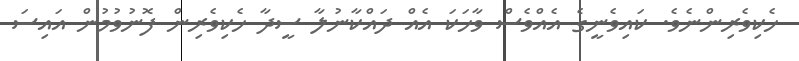
ހެކިވެރިންނެވެ. ކައިވެނީގެ އެއްވެސް ވާހަކަ އެއް ދައްކާނުލާ ސީދާ ހެކިވެރިން ފޮނުވުމުން އައިސަ